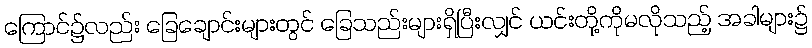
ကြောင်၌လည်း ခြေချောင်းများတွင် ခြေသည်းများရှိပြီးလျှင် ယင်းတို့ကိုမလိုသည့် အခါများ၌